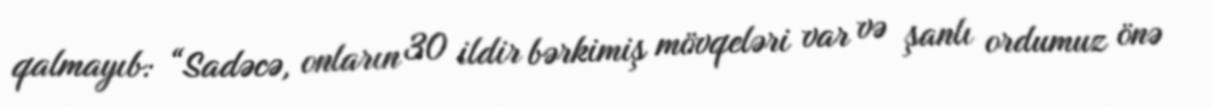
qalmayıb: “Sadəcə, onların 30 ildir bərkimiş mövqeləri var və şanlı ordumuz önə